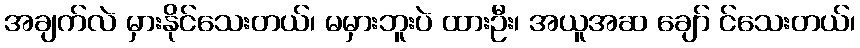
အချက်လဲ မှားနိုင်သေးတယ်၊ မမှားဘူးပဲ ထားဦး၊ အယူအဆ ချော် င်သေးတယ်၊